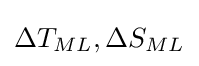
\Delta T_{ML},\Delta S_{ML}